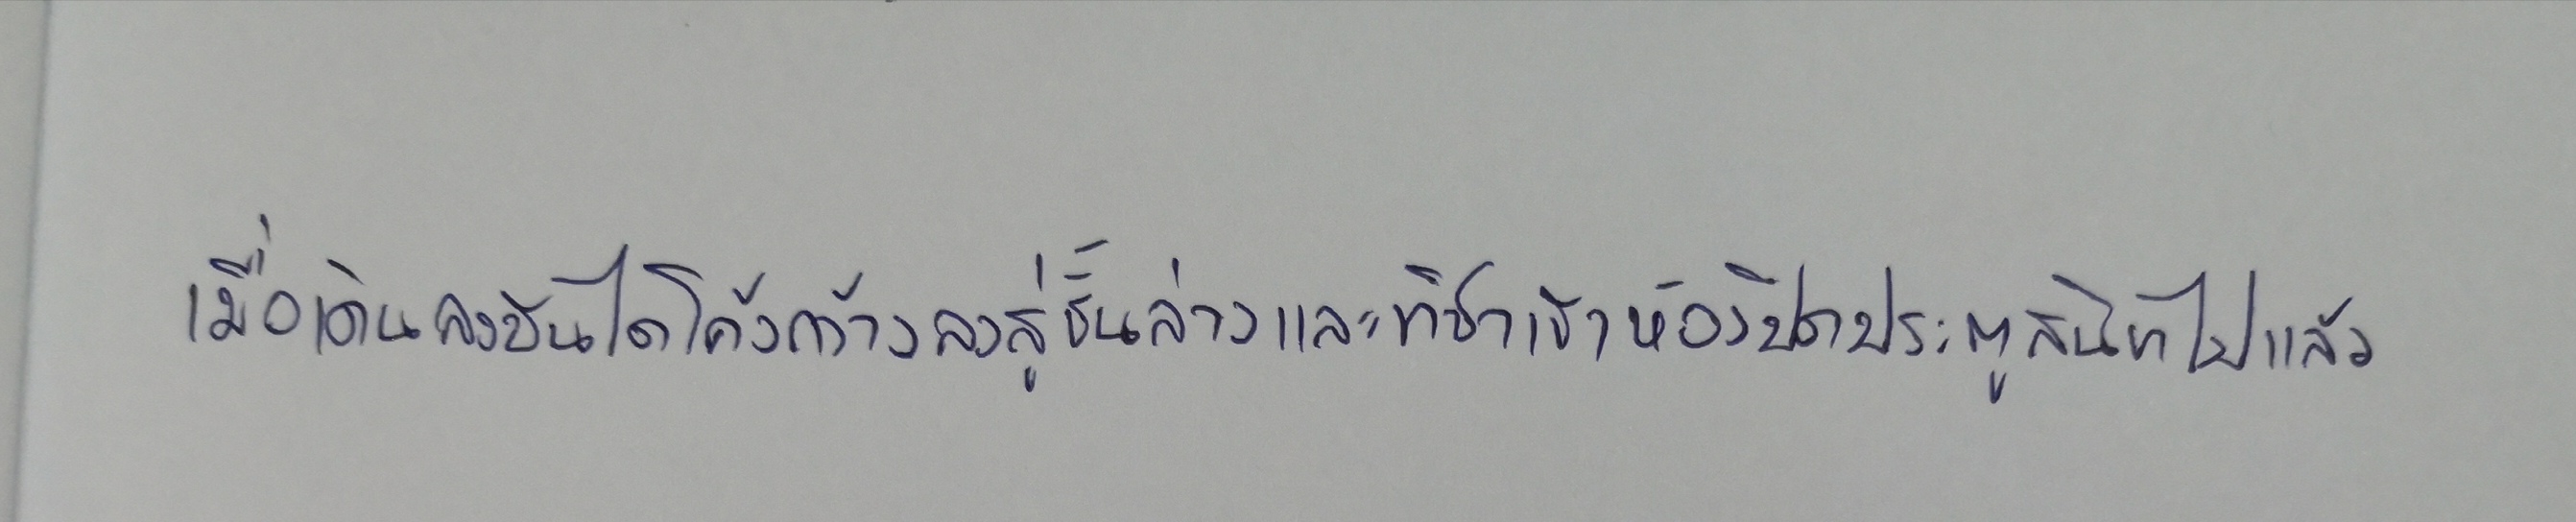
เมื่อเดินลงบันไดโค้งกว้างลงสู่ชั้นล่างและทิชาเข้าห้องปิดประตูสนิทไปแล้ว